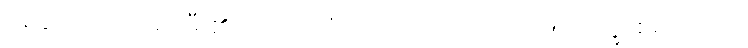
ပရိယေသတိ၊ ရှာမှီး၏။ ကေဝလံပိ၊ သက်သက်လည်း။ သိက္ခာစရိယာယ၊